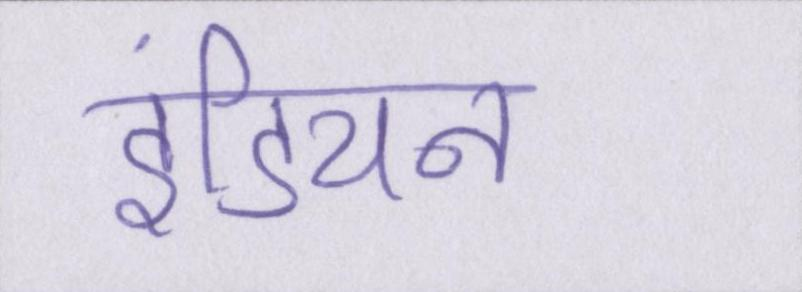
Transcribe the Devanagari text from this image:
इंडियन